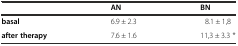
|  | AN | BN |
 | --- | --- | --- |
 | basal | 6.9 ± 2.3 | 8.1 ± 1,8 |
 | after therapy | 7.6 ± 1.6 | 11,3 ± 3.3 * |